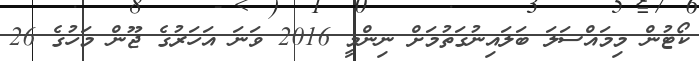
ކޯޓުން މިމައްސަލަ ބަލައިނުގަތުމަށް ނިންމީ 2016 ވަނަ އަހަރުގެ ޖޫން މަހުގެ 26